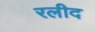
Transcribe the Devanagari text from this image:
रलीद